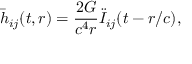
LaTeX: { \bar { h } } _ { i j } ( t , r ) = { \frac { 2 G } { c ^ { 4 } r } } { \ddot { I } } _ { i j } ( t - r / c ) ,